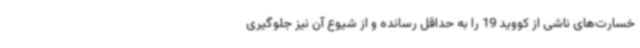
خسارت‌های ناشی از کووید 19 را به حداقل رسانده و از شیوع آن نیز جلوگیری